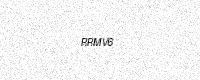
Text: RRMV6